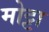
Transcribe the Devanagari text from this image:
मोट्टा